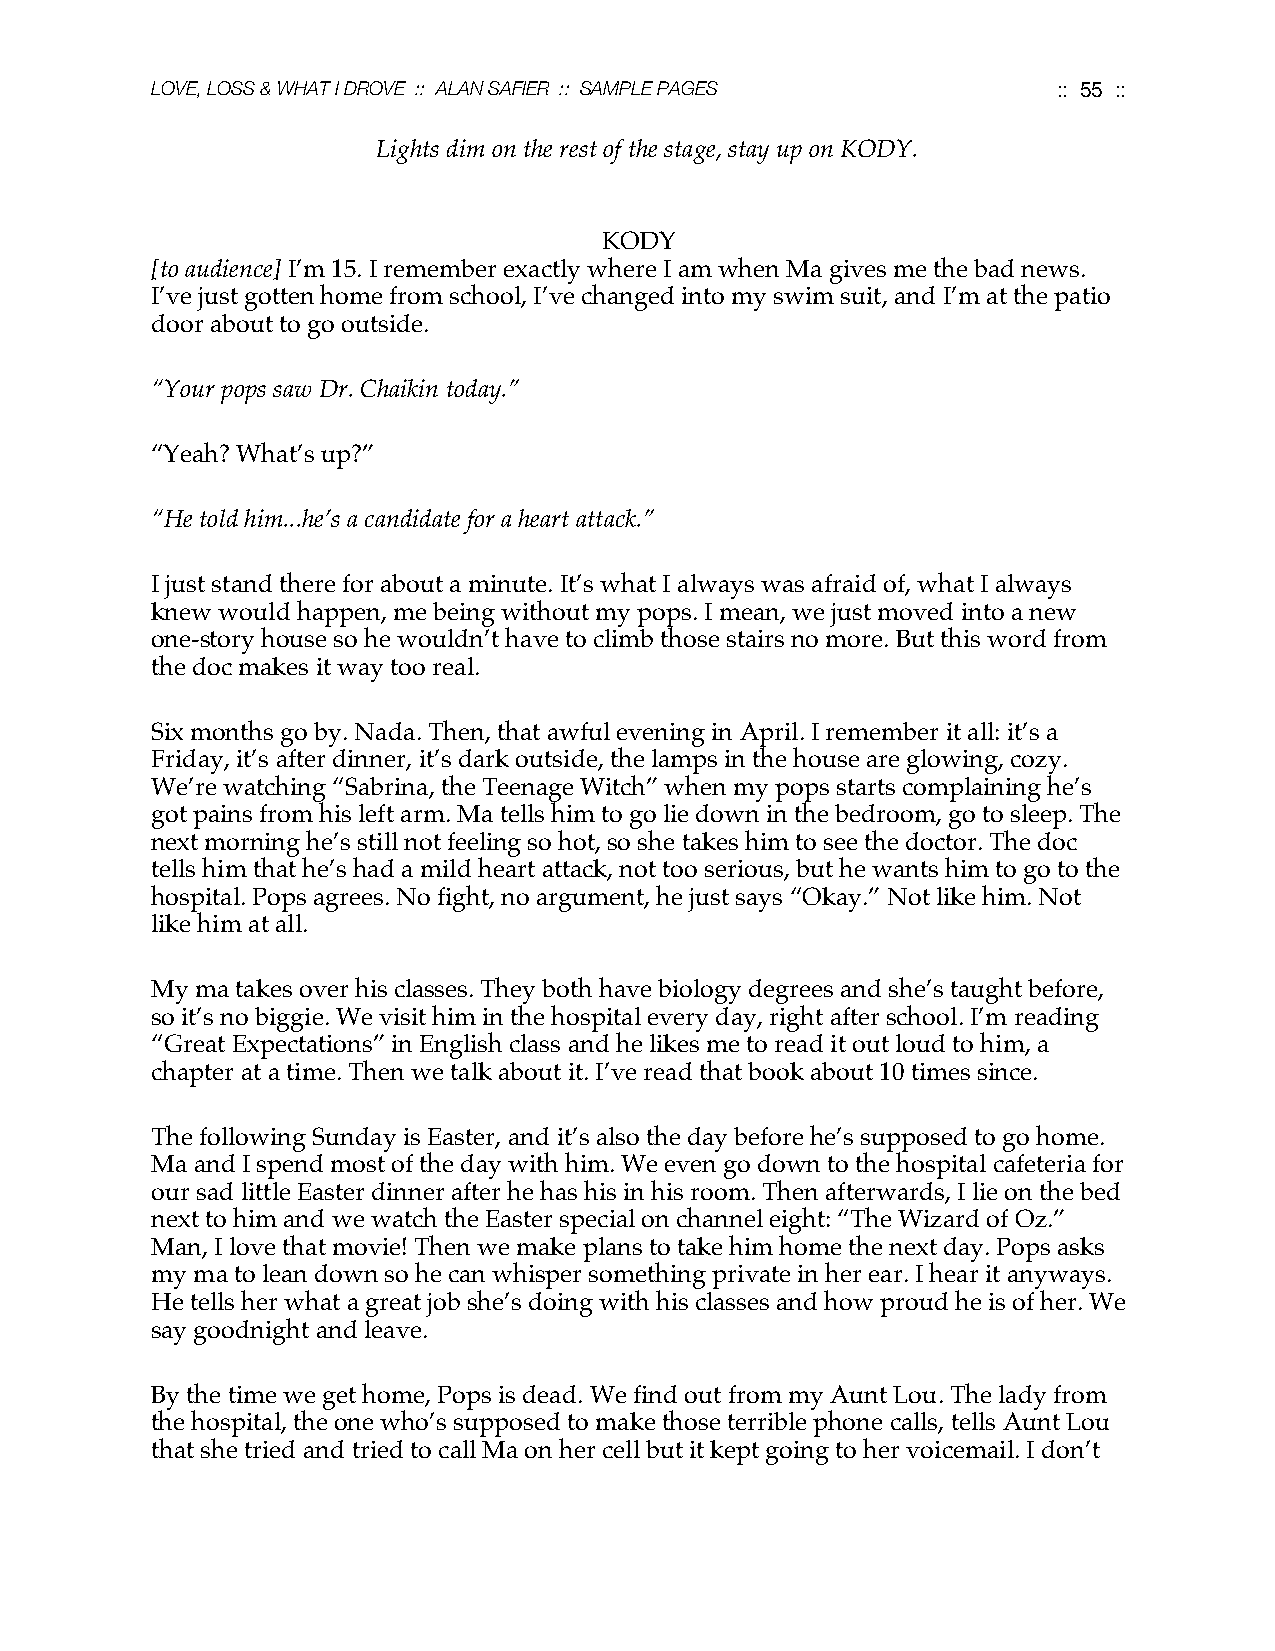
LOVE, LOSS & WHAT I DROVE :: ALAN SAFIER :: SAMPLE PAGES    :: 55 ::
 Lights dim on the rest of the stage, stay up on KODY.
 KODY
 [to audience] I’m 15. I remember exactly where I am when Ma gives me the bad news.
 I’ve just gotten home from school, I’ve changed into my swim suit, and I’m at the patio
 door about to go outside.
 “Your pops saw Dr. Chaikin today.”
 “Yeah? What’s up?”
 “He told him...he’s a candidate for a heart attack.”
 I just stand there for about a minute. It’s what I always was afraid of, what I always
 knew would happen, me being without my pops. I mean, we just moved into a new
 one-story house so he wouldn’t have to climb those stairs no more. But this word from
 the doc makes it way too real.
 Six months go by. Nada. Then, that awful evening in April. I remember it all: it’s a
 Friday, it’s after dinner, it’s dark outside, the lamps in the house are glowing, cozy.
 We’re watching “Sabrina, the Teenage Witch” when my pops starts complaining he’s
 got pains from his left arm. Ma tells him to go lie down in the bedroom, go to sleep. The
 next morning he’s still not feeling so hot, so she takes him to see the doctor. The doc
 tells him that he’s had a mild heart attack, not too serious, but he wants him to go to the
 hospital. Pops agrees. No fight, no argument, he just says “Okay.” Not like him. Not
 like him at all.
 My ma takes over his classes. They both have biology degrees and she’s taught before,
 so it’s no biggie. We visit him in the hospital every day, right after school. I’m reading
 “Great Expectations” in English class and he likes me to read it out loud to him, a
 chapter at a time. Then we talk about it. I’ve read that book about 10 times since.
 The following Sunday is Easter, and it’s also the day before he’s supposed to go home.
 Ma and I spend most of the day with him. We even go down to the hospital cafeteria for
 our sad little Easter dinner after he has his in his room. Then afterwards, I lie on the bed
 next to him and we watch the Easter special on channel eight: “The Wizard of Oz.”
 Man, I love that movie! Then we make plans to take him home the next day. Pops asks
 my ma to lean down so he can whisper something private in her ear. I hear it anyways.
 He tells her what a great job she’s doing with his classes and how proud he is of her. We
 say goodnight and leave.
 By the time we get home, Pops is dead. We find out from my Aunt Lou. The lady from
 the hospital, the one who’s supposed to make those terrible phone calls, tells Aunt Lou
 that she tried and tried to call Ma on her cell but it kept going to her voicemail. I don’t